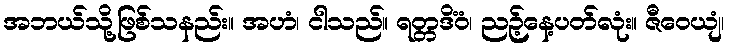
အဘယ်သို့ဖြစ်သနည်း။ အဟံ၊ ငါသည်။ ရတ္တဒိံဝံ၊ ညဉ့်နေ့ပတ်လုံး။ ဇီဝေယျံ၊